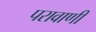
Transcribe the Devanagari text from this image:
परावाणी